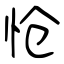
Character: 怆